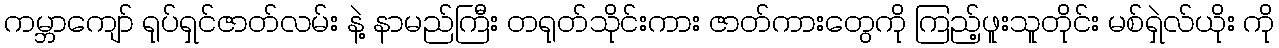
ကမ္ဘာကျော် ရုပ်ရှင်ဇာတ်လမ်း နဲ့ နာမည်ကြီး တရုတ်သိုင်းကား ဇာတ်ကားတွေကို ကြည့်ဖူးသူတိုင်း မစ်ရှဲလ်ယိုး ကို